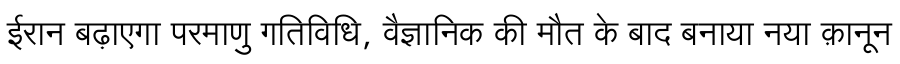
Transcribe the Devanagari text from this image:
ईरान बढ़ाएगा परमाणु गतिविधि, वैज्ञानिक की मौत के बाद बनाया नया क़ानून